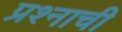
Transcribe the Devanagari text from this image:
प्रश्‍नाची